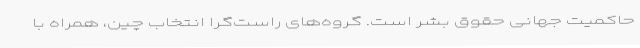
حاکمیت جهانی حقوق بشر است. گروه‌های راست‌گرا انتخاب چین، همراه با